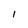
Character: l